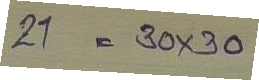
21 = 30 x 30